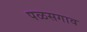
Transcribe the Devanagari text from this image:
पळसगाव